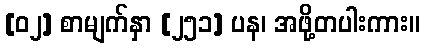
[၀၂] စာမျက်နှာ [၂၅၁] ပန၊ အဖို့တပါးကား။